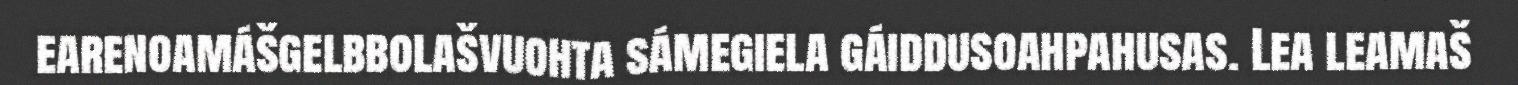
earenoamášgelbbolašvuohta sámegiela gáiddusoahpahusas. Lea leamaš